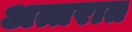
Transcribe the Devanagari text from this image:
अत्तरात